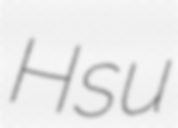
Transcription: Hsu